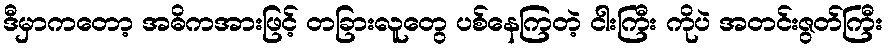
ဒီမှာကတော့ အဓိကအားဖြင့် တခြားလူတွေ ပစ်နေကြတဲ့ ငါးကြီး ကိုပဲ အတင်းဇွတ်ကြီး